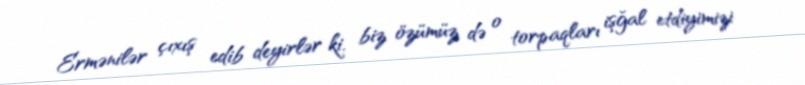
Ermənilər çıxış edib deyirlər ki, biz özümüz də o torpaqları işğal etdiyimizi